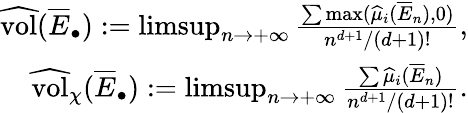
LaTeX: \begin{array}{r}{\widehat{\mathrm{vol}}(\overline{E}_{\bullet}):=\operatorname*{limsup}_{n\rightarrow+\infty}\frac{\sum\operatorname*{max}(\widehat{\mu}_{i}(\overline{E}_{n}),0)}{n^{d+1}/(d+1)!},}\\ {\widehat{\mathrm{vol}}_{\chi}(\overline{E}_{\bullet}):=\operatorname*{limsup}_{n\rightarrow+\infty}\frac{\sum\widehat{\mu}_{i}(\overline{E}_{n})}{n^{d+1}/(d+1)!}.}\end{array}